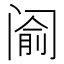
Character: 𰿵